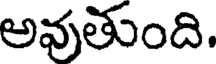
అవుతుంది.